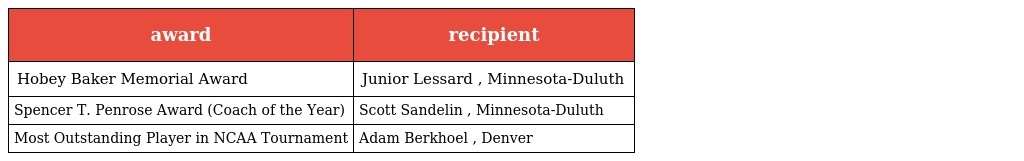
| award | recipient |
 | --- | --- |
 | Hobey Baker Memorial Award | Junior Lessard , Minnesota-Duluth |
 | Spencer T. Penrose Award (Coach of the Year) | Scott Sandelin , Minnesota-Duluth |
 | Most Outstanding Player in NCAA Tournament | Adam Berkhoel , Denver |